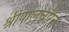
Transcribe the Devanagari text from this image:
श्रीपालचरित